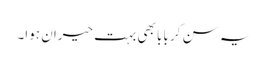
یہ سن کر بابا بھی بہت حیران ہوا۔